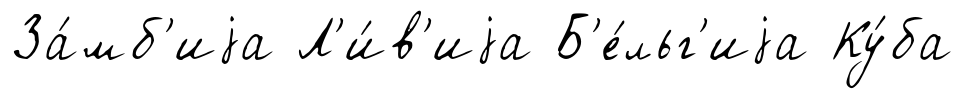
За́мб'иjа Л'и́в'иjа Б'е́льг'иjа Ку́ба